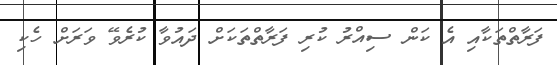
ފަރާތްތަކާއި އެ ކަން ސިއްރު ކުރި ފަރާތްތަކަށް ދައުވާ ކުރެވޭ ވަރަށް ހެކި